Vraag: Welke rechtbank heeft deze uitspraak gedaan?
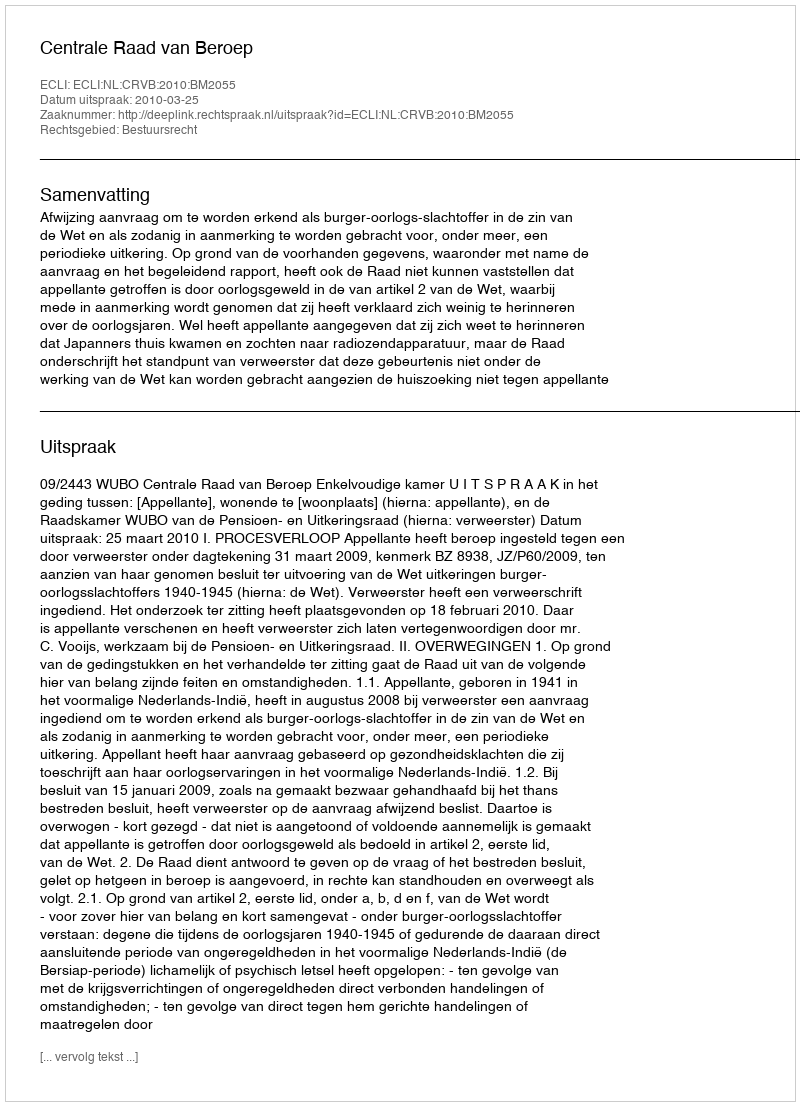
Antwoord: Centrale Raad van Beroep